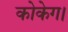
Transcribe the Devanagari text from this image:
कोकेग।